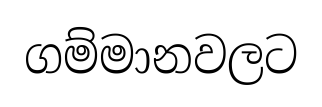
ගම්මානවලට